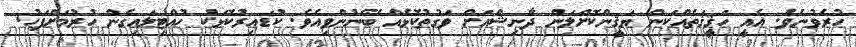
ހުރެވުނެވެ. އެއީ ހަޤީޤަތެއްކަން ޔަޤީންކޮށްލަަން ދާނިޝްއަށް ވަގުތުކޮޅެއް ބޭނުންވިއެވެ. ކުޑައިރުކޮޅަކު ހުއްޓިލައިގެން ހުރުމަށްފަހު